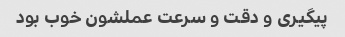
پیگیری و دقت و سرعت عملشون خوب بود